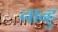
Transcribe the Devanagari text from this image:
नान्हु